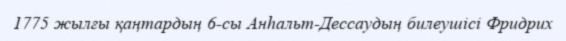
1775 жылғы қаңтардың 6-сы Анһальт-Дессаудың билеушісі Фридрих